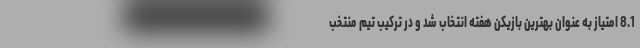
8.1 امتیاز به عنوان بهترین بازیکن هفته انتخاب شد و در ترکیب تیم منتخب